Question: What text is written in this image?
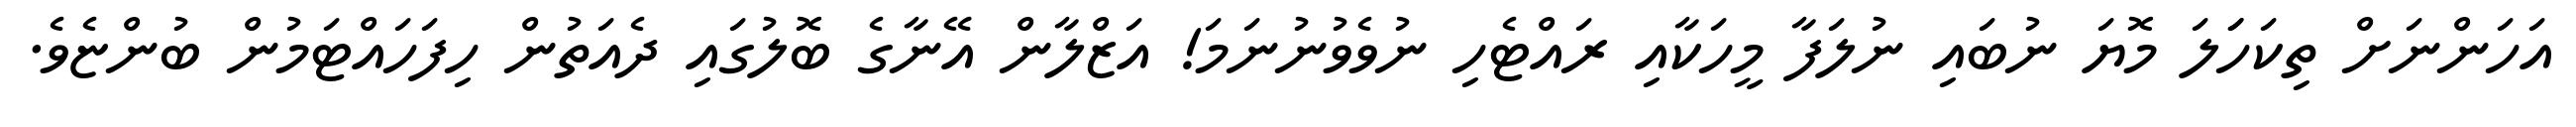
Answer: އަހަންނަށް ތިކަހަަލަ މޮޔަ ނުބައި ނުލަފާ މީހަކާއި ރައްޓެހި ނުވެވުނުނަމަ! އަޒްލާން އޭނާގެ ބޮލުގައި ދެއަތުން ހިފަހައްޓަމުން ބުންޏެވެ.